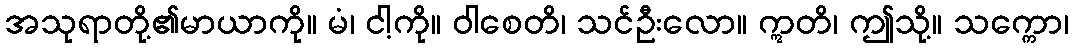
အသုရာတို့၏မာယာကို။ မံ၊ ငါ့ကို။ ဝါစေတိ၊ သင်ဦးလော။ ဣတိ၊ ဤသို့။ သက္ကော၊